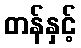
တန်နှင့်